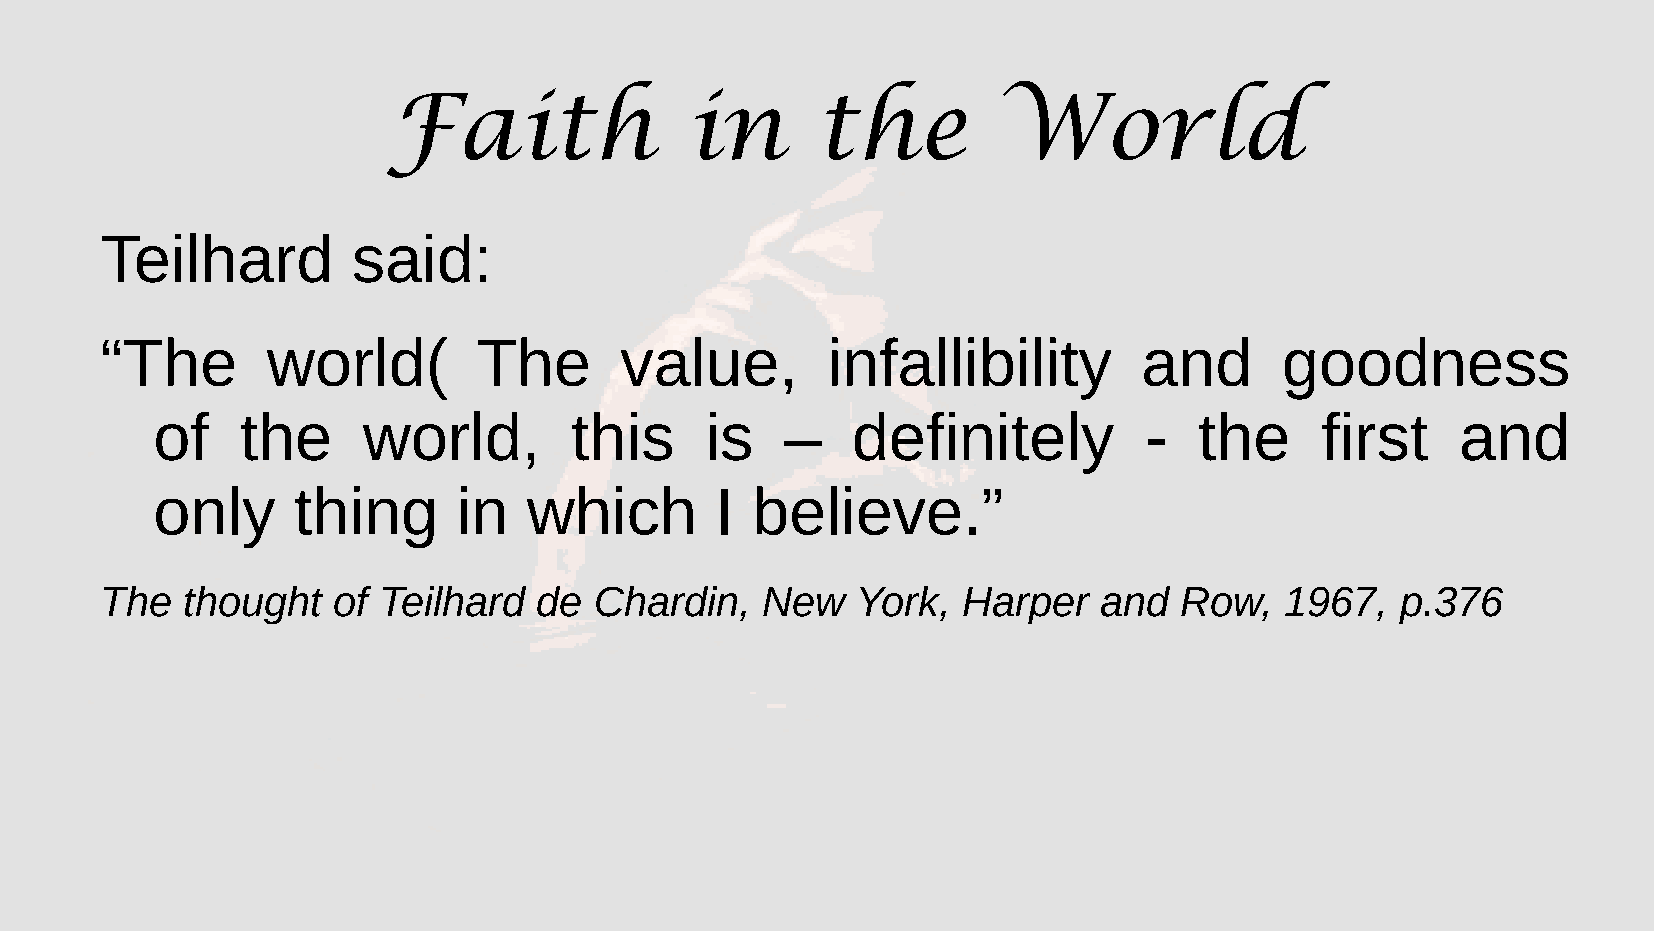
Faith              in       the         World
 Teilhard        said:
 “The       world(        The      value,        infallibility        and      goodness
 of    the     world,        this     is   –   definitely          -  the     first     and
 only     thing      in   which       I  believe.”
 The  thought   of Teilhard   de Chardin,   New    York,  Harper   and  Row,   1967,   p.376